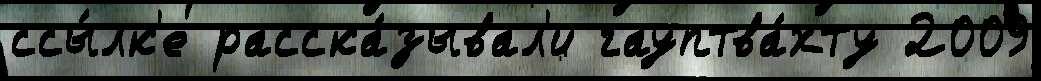
ссы́лк'е расска́зывал'и гауптва́хту 2009